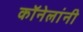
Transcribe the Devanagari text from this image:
कॉनेलांनी